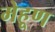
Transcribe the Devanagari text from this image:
मेहूण